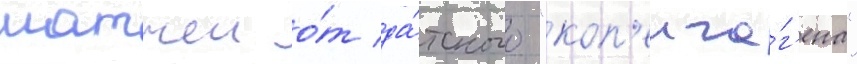
матчеи о́т да́тского "коп'енга́г'ена"